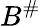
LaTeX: B^{\# }